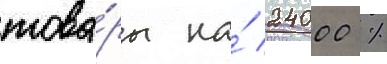
това́ры на́ 24000 %